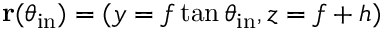
{ \bf r } ( \theta _ { \mathrm { i n } } ) = ( y = f \tan { \theta _ { \mathrm { i n } } , z = f + h } )